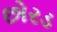
છોરડ